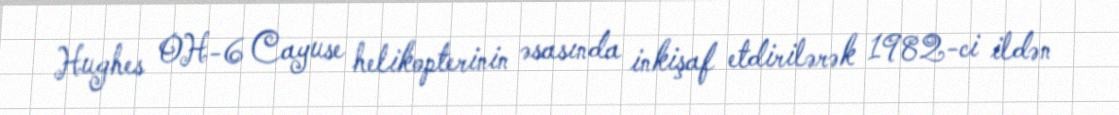
Hughes OH-6 Cayuse helikopterinin əsasında inkişaf etdirilərək 1982-ci ildən